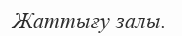
Жаттығу залы.